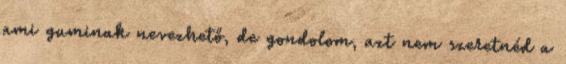
ami guminak nevezhető, de gondolom, azt nem szeretnéd a